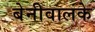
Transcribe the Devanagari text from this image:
बेनीवालके